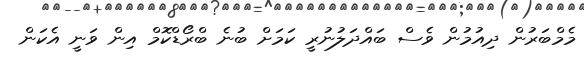
މެމްބަރުން ދިއުމުން ވެސް ބައްދަލުނުރީ ކަމަށް ބުނެ ބްރޯޑްކޮމް އިން ވަނީ އެކަން